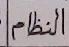
النظام